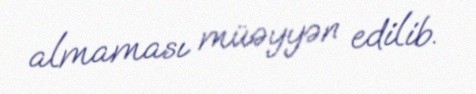
almaması müəyyən edilib.